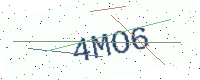
Text: 4MO6